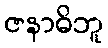
ဇနာဓိဘူ